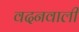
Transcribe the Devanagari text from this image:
वदनवाली